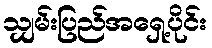
သျှမ်းပြည်အရှေ့ပိုင်း